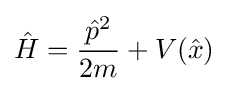
{\hat {H}}={\frac {{\hat {p}}^{2}}{2m}}+V({\hat {x}})